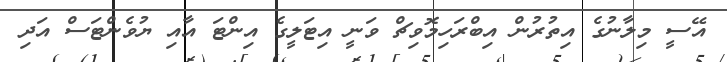
އޭސީ މިލާނުގެ އިތުރުން އިބްރަހިމޮވިޗް ވަނީ އިޓަލީގެ އިންޓަ އާއި ޔުވެންޓަސް އަދި